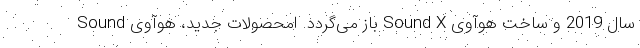
سال 2019 و ساخت هوآوی Sound X باز می‌گردد. امحصولات جدید، هوآوی Sound